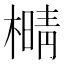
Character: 𰘫